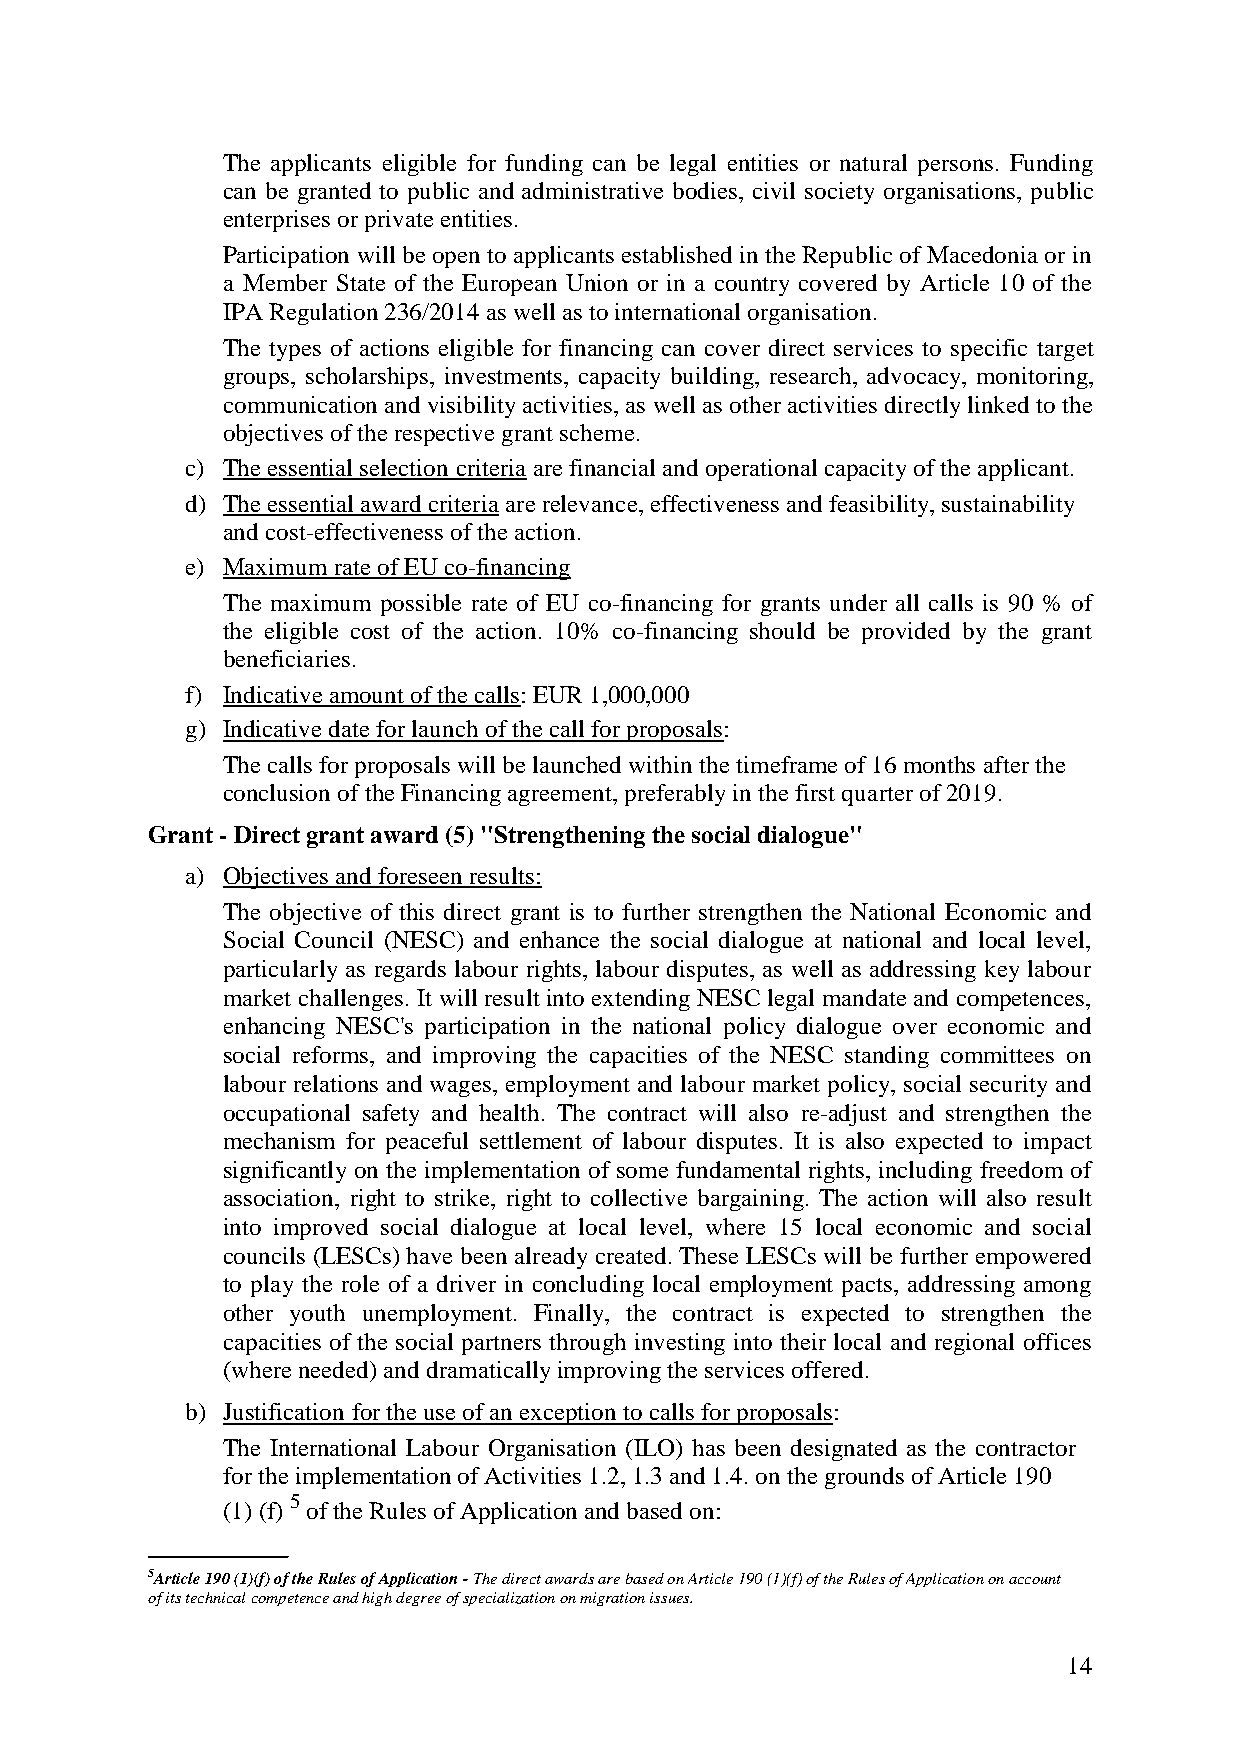
The applicants eligible for funding can be legal entities or natural persons. Funding
 can be granted to public and administrative bodies, civil society organisations, public
 enterprises or private entities.
 Participation will be open to applicants established in the Republic of Macedonia or in
 a Member State of the European Union or in a country covered by Article 10 of the
 IPA Regulation 236/2014 as well as to international organisation.
 The types of actions eligible for financing can cover direct services to specific target
 groups, scholarships, investments, capacity building, research, advocacy, monitoring,
 communication and visibility activities, as well as other activities directly linked to the
 objectives of the respective grant scheme.
 c) The essential selection criteria are financial and operational capacity of the applicant.
 d) The essential award criteria are relevance, effectiveness and feasibility, sustainability
 and cost-effectiveness of the action.
 e) Maximum rate of EU co-financing
 The maximum possible rate of EU co-financing for grants under all calls is 90 % of
 the eligible cost of the action. 10% co-financing should be provided by the grant
 beneficiaries.
 f) Indicative amount of the calls: EUR 1,000,000
 g) Indicative date for launch of the call for proposals:
 The calls for proposals will be launched within the timeframe of 16 months after the
 conclusion of the Financing agreement, preferably in the first quarter of 2019.
 Grant - Direct grant award (5) "Strengthening the social dialogue"
 a) Objectives and foreseen results:
 The objective of this direct grant is to further strengthen the National Economic and
 Social Council (NESC) and enhance the social dialogue at national and local level,
 particularly as regards labour rights, labour disputes, as well as addressing key labour
 market challenges. It will result into extending NESC legal mandate and competences,
 enhancing NESC's participation in the national policy dialogue over economic and
 social reforms, and improving the capacities of the NESC standing committees on
 labour relations and wages, employment and labour market policy, social security and
 occupational safety and health. The contract will also re-adjust and strengthen the
 mechanism for peaceful settlement of labour disputes. It is also expected to impact
 significantly on the implementation of some fundamental rights, including freedom of
 association, right to strike, right to collective bargaining. The action will also result
 into improved social dialogue at local level, where 15 local economic and social
 councils (LESCs) have been already created. These LESCs will be further empowered
 to play the role of a driver in concluding local employment pacts, addressing among
 other youth unemployment. Finally, the contract is expected to strengthen the
 capacities of the social partners through investing into their local and regional offices
 (where needed) and dramatically improving the services offered.
 b) Justification for the use of an exception to calls for proposals:
 The International Labour Organisation (ILO) has been designated as the contractor
 for the implementation of Activities 1.2, 1.3 and 1.4. on the grounds of Article 190
 5
 (1) (f) of the Rules of Application and based on:
 5Article 190 (1)(f) of the Rules of Application - The direct awards are based on Article 190 (1)(f) of the Rules of Application on account
 of its technical competence and high degree of specialization on migration issues.
 14